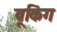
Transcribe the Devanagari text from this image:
ब्रूकिंग